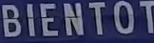
BIENTOT